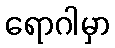
ရောဂါမှာ